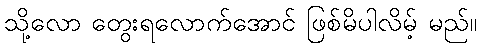
သို့လော တွေးရလောက်အောင် ဖြစ်မိပါလိမ့် မည်။